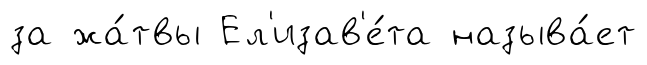
за жа́твы Ел'изав'е́та называ́ет